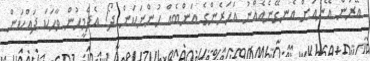
އޭރުން އޭނައަށް އެނގޭނެއެއްނު އަހަރެންގެ އަންބެއް ހުންނަކަން ދޯ! އެދެމީހުން ވާހަކަ ދައްކަން